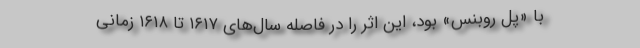
با «پل روبنس» بود، این اثر را در فاصله سال‌های ۱۶۱۷ تا ۱۶۱۸ زمانی